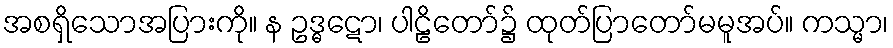
အစရှိသောအပြားကို။ န ဥဒ္ဓဋော၊ ပါဠိတော်၌ ထုတ်ပြာတော်မမူအပ်။ ကသ္မာ၊